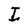
Character: I